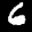
Label: 6